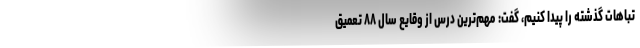
تباهات گذشته را پیدا کنیم، گفت: مهم‌ترین درس از وقایع سال ۸۸ تعمیق